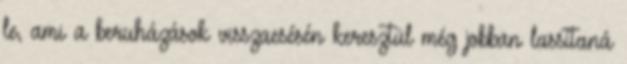
le, ami a beruházások visszaesésén keresztül még jobban lassítaná